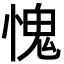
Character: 愧